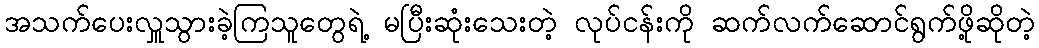
အသက်ပေးလှူသွားခဲ့ကြသူတွေရဲ့ မပြီးဆုံးသေးတဲ့ လုပ်ငန်းကို ဆက်လက်ဆောင်ရွက်ဖို့ဆိုတဲ့